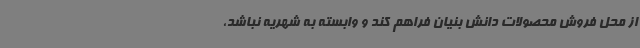
از محل فروش محصولات دانش بنیان فراهم کند و وابسته به شهریه نباشد،